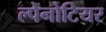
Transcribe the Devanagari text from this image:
ल्पेनोटियर